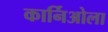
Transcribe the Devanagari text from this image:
कार्निओला